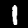
Label: 1